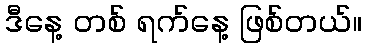
ဒီနေ့ တစ် ရက်နေ့ ဖြစ်တယ်။